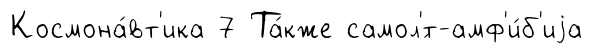
Космона́вт'ика 7 Та́кже самол'́т-амф'и́б'иjа